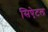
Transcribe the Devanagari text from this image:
सिऐटल